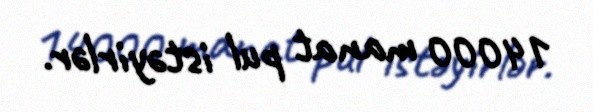
14000 manat pul istəyirlər.